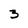
Character: 3